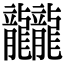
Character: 龖